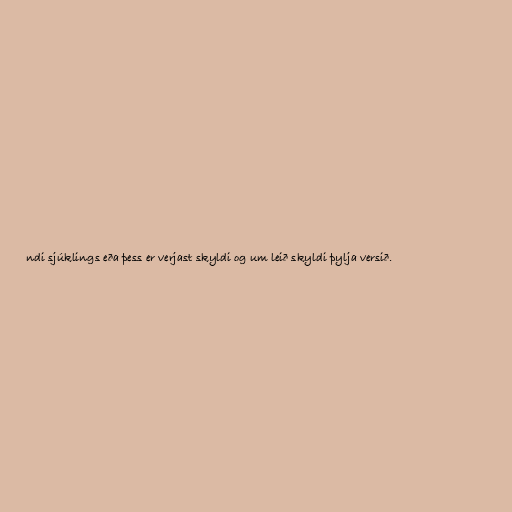
ndi sjúklings eða þess er verjast skyldi og um leið skyldi þylja versið.